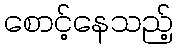
စောင့်နေသည့်